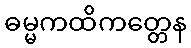
ဓမ္မကထိကတ္တေန